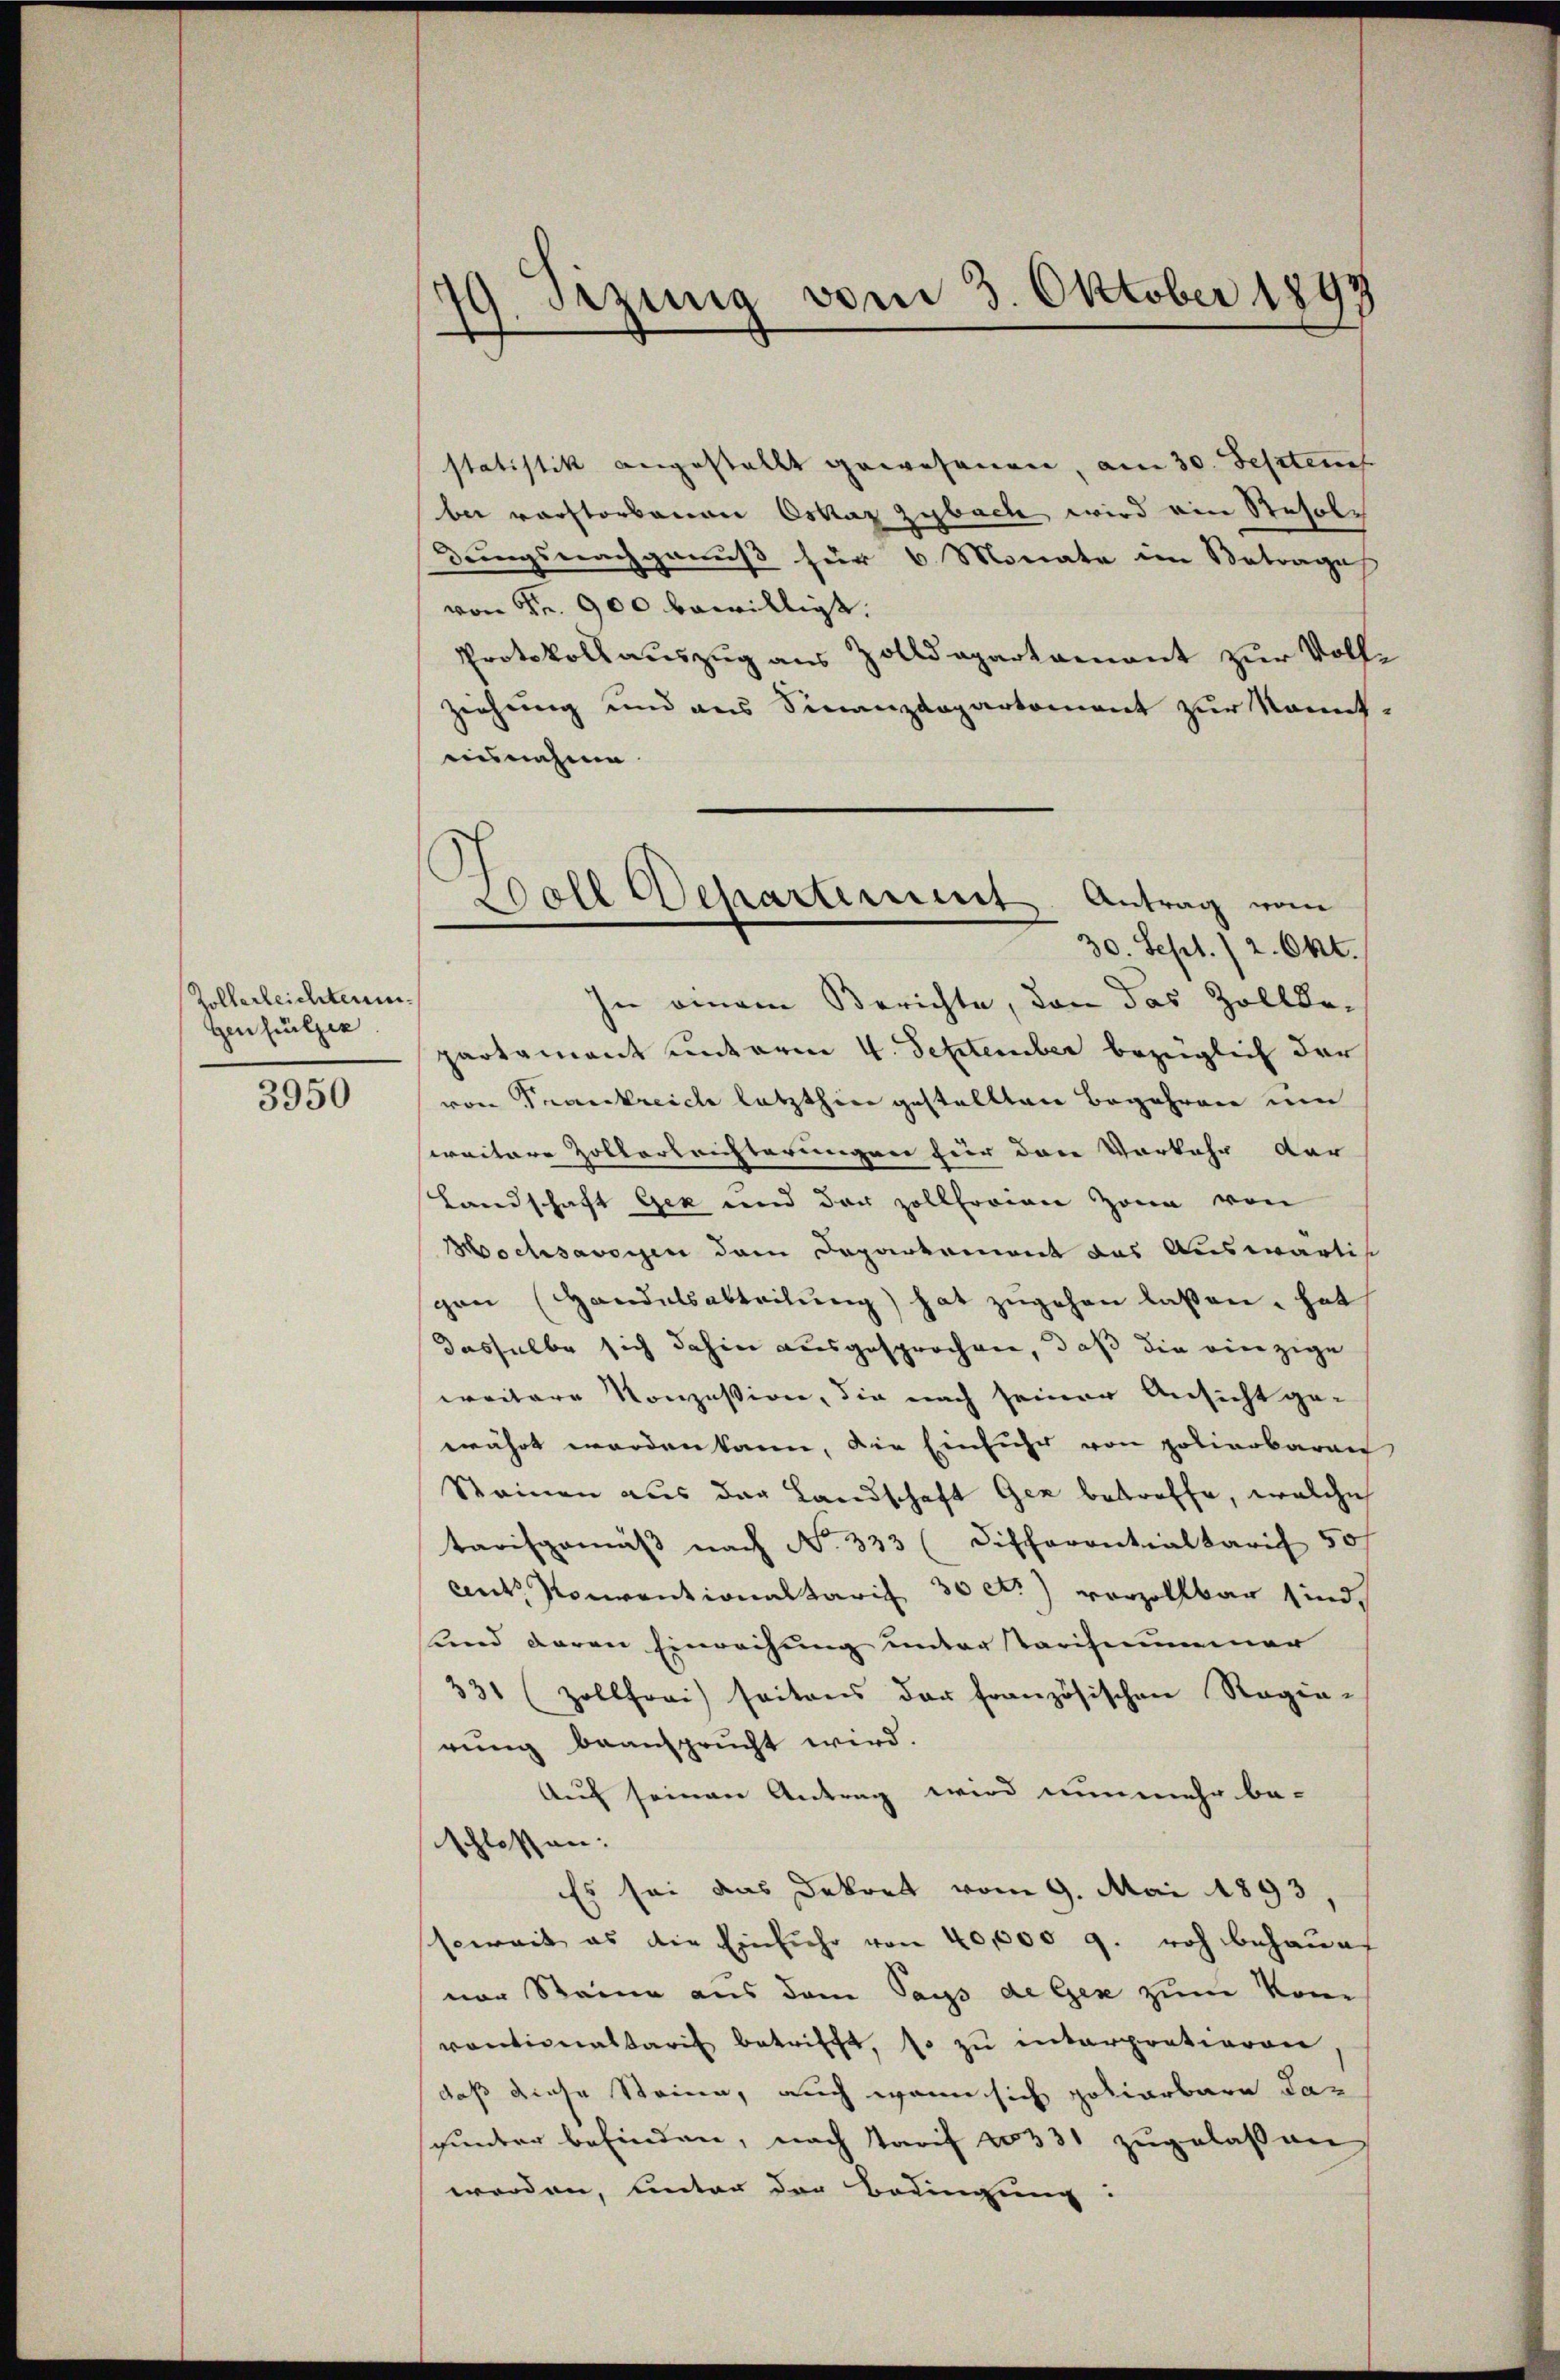
Rollerleichter¬
Genheitzer
3950

19. Sezung vom 3. Oktober 1892
7

Woll Departement Antrag vom
30. Sept./2. Okt.

statistik angestellt gewesenen, am 30. Septem
bei verstorbenen Oskar zybache wird ein Resole
dungsnachgenuß für 6 Monate im Betrage
von Nr. 900 bewilligt.
Protokollauszug aus Zolldepartamant zur Vollziehung und aus Finanzdepartement zur kannt.
ausnahme
In einem Berichte, den das Zollbe-
partament unterm 4. September bezüglich dar
von Frankreich letzthin gestellten Begehren um
weitere Zollerleichterungen für das Vorkehr der
Landschaft Gek und der zollfreien Zone von
Hochsavoyen dem Departement das Auswärtis
gen Handelsabteilŭng hat zŭgehen lassen, hat
dasselbe sich dahin ausgesprochen, daß die einzige
weitere Konzession, die nach seiner Ansicht ge-
währt worden kann, die Einfuhr von polierbaren
Steinen aus der Landschaft Ger betreffe, welche
tarisgemäβ nach No. 333 (discharentialtarif 50
ant. Konventionaltarif 30 c.) vorzollbar sind
und deren Einrechung untertarifnummer
331 (Zollfrai) seitens der französischen Regie-
rung beansprucht wird.
Auf seinen Antrag wird nunmehr be-
schlossen:
Es sei das Dekret vom 9. Mai 1893,
soweit es die Einfuhr von 40,000 g. noch behaupt
ner Steine aus dem Tags de Gex zum kom
ventionaltaris betrifft, so zu interpratieren
daß diese Steine, auch wenn sich gotiarbare dagunter befinden, nach Tarif 20331 zugelassen,
worden, unter der Bedingung: